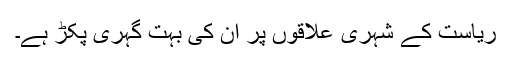
ریاست کے شہری علاقوں پر ان کی بہت گہری پکڑ ہے۔